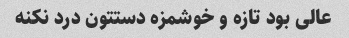
عالی بود تازه و خوشمزه دستتون درد نکنه